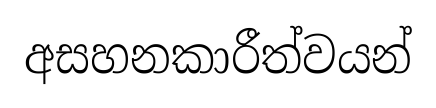
අසහනකාරීත්වයන්